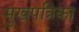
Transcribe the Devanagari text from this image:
मुखपत्रिका